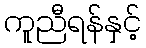
ကူညီရန်နှင့်